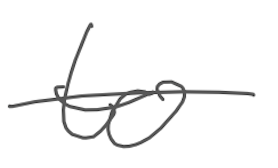
Text: to
Cross-out: single-line
Writing tool: digital_gray